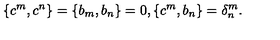
\{ c ^ { m } , c ^ { n } \} = \{ b _ { m } , b _ { n } \} = 0 , \{ c ^ { m } , b _ { n } \} = \delta _ { n } ^ { m } .